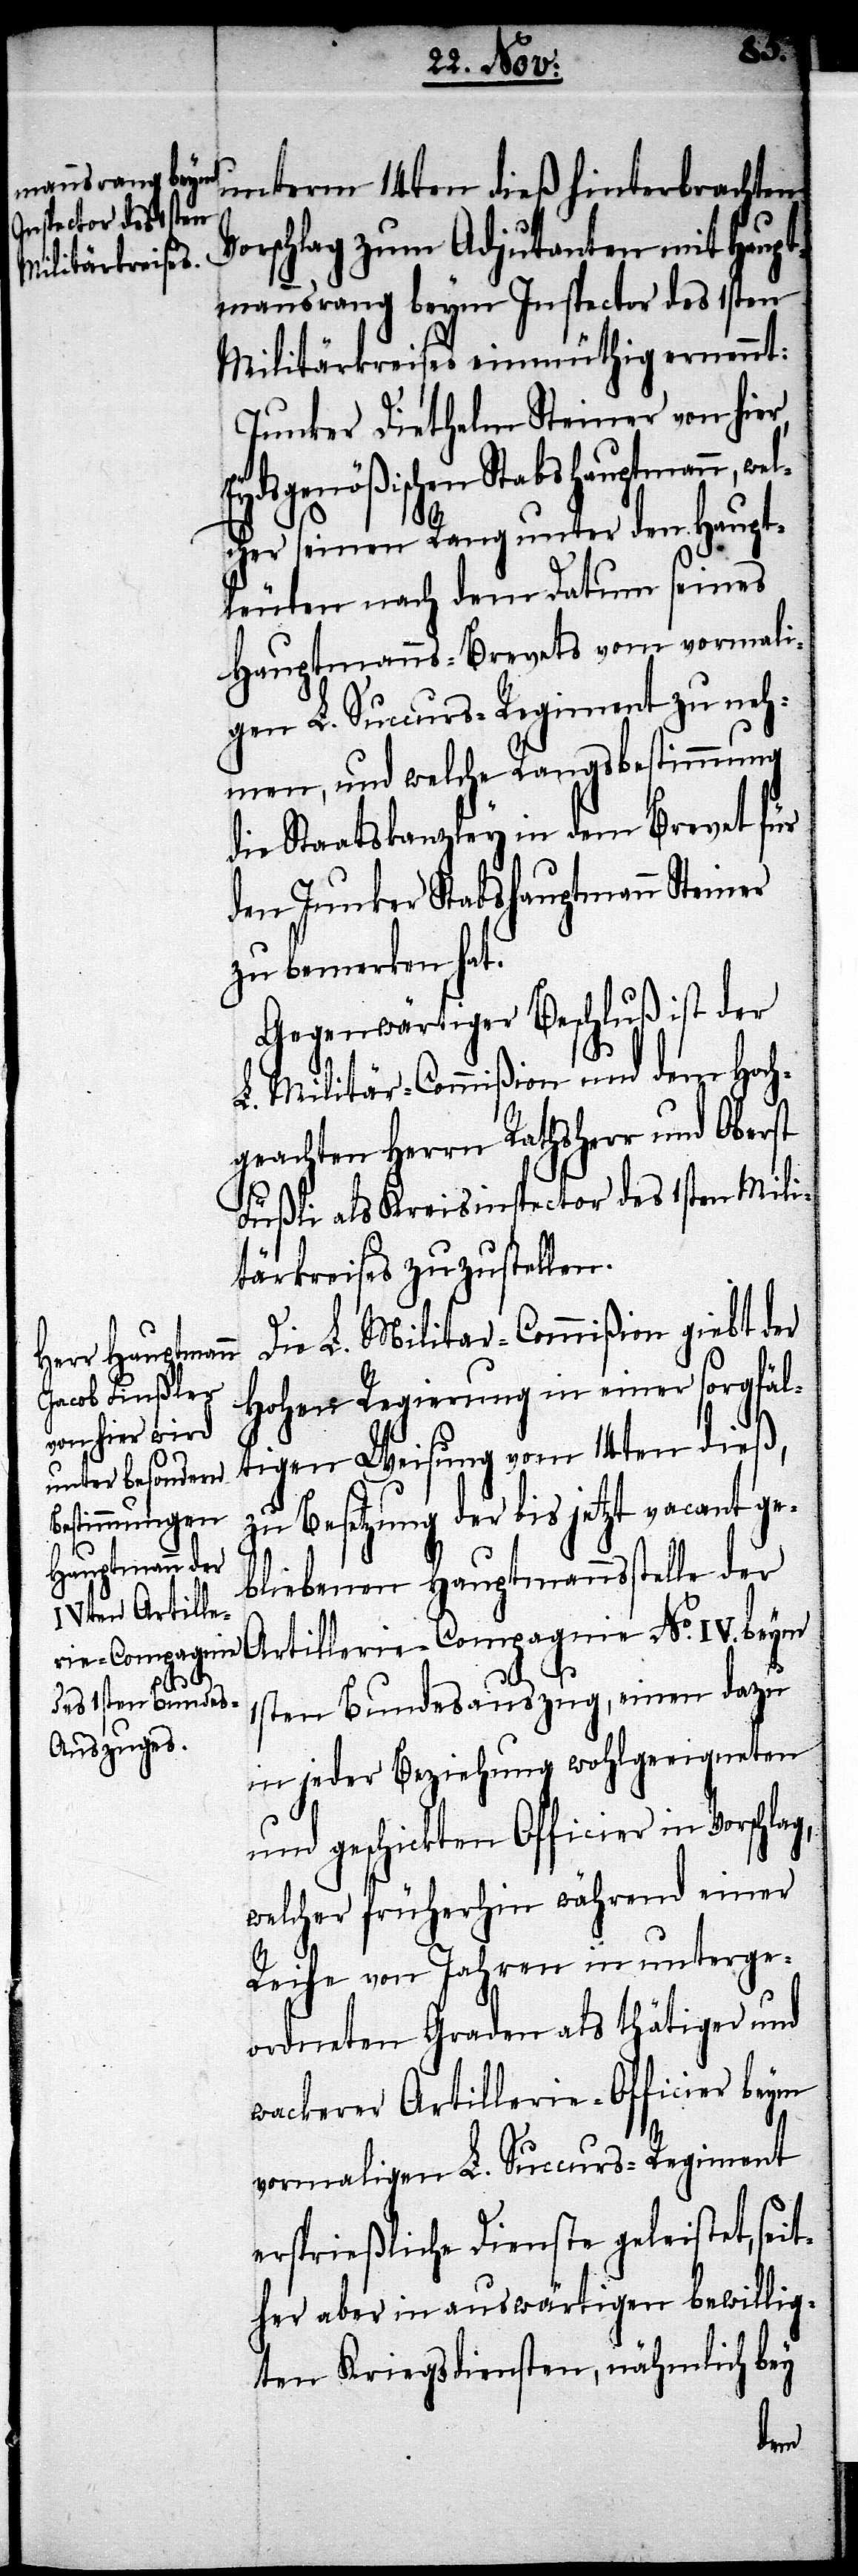
unterm 14ten dieß hinterbrachten
Vorschlag zum Adjutanten mit Haupt¬
mannsordnung beym Inspector des 1sten
Militärkreises einmüthig ernennt:
Junker Diethelm Steiner von hier
Eydsgenößischen Stabshauptmann, welc¬
her seinen Rang unter den Haupt¬
leuten, nach dem Datum seines
Hauptmanns-Brevets vom vormali¬
gen L. Succurs-Regiment zu neh¬
men, und welche Rangsbestimmung
die Staatskanzley in dem Brevet für
den Junker Stabshauptmann Steiner
zu bemerken hat.
Gegenwärtiger Beschluß ist der
L. Militär-Commißion und dem Hoch¬
geachten Rathsherr und Oberst
Füßli als Kreisinspector des 1sten Mili¬
tärkreises zuzustellen.
Die L. Militär-Commißion giebt der
Hohen Regierung in einer sorgfäl¬
tigen Weisung vom 14ten dieß,
zu Besetzung der bis jetzt vacant ge¬
bliebenen Hauptmannsstelle der
No.
1sten Bundesauszug, einen dazu
in jeder Beziehung wohlgeeigneten
und geschickten Officier in Vorschlag,
welcher früherhin während einer
Reihe von Jahren in unterge¬
ordneten Graden als thätiger und
wackerer Artillerie-Officier beym
vormaligen L. Succurs-Regiment
ersprießliche Dienste geleistet, seit¬
her aber in auswärtigen bewillig¬
ten Kriegsdiensten, nähmlich bey